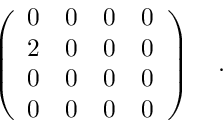
\left( \begin{array} { c c c c } { { { 0 } } } & { { { 0 } } } & { { { 0 } } } & { { { 0 } } } \\ { { 2 } } & { { 0 } } & { { 0 } } & { { 0 } } \\ { { 0 } } & { { 0 } } & { { 0 } } & { { 0 } } \\ { { 0 } } & { { 0 } } & { { 0 } } & { { 0 } } \end{array} \right) \quad .